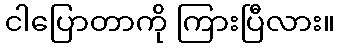
ငါပြောတာကို ကြားပြီလား။